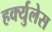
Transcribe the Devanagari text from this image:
हर्क्युलेस